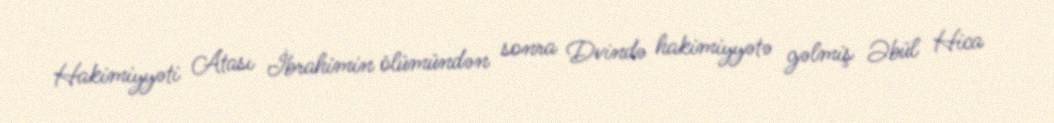
Hakimiyyəti Atası İbrahimin ölümündən sonra Dvində hakimiyyətə gəlmiş Əbül Hica